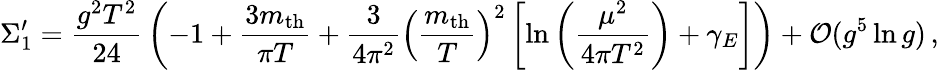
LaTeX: \Sigma_{1}^{\prime}={\frac{g^{2}T^{2}}{24}}\left(-1+{\frac{3m_{\mathrm{th}}}{\pi T}}+{\frac{3}{4\pi^{2}}}\left({\frac{m_{\mathrm{th}}}{T}}\right)^{2}\left[\ln\left({\frac{\mu^{2}}{4\pi T^{2}}}\right)+\gamma_{E}\right]\right)+{\cal O}(g^{5}\ln g)\, ,